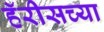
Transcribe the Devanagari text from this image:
हॅरीसच्या